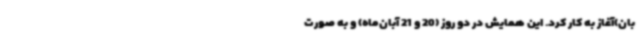
بان)آغاز به کار کرد. این همایش در دو روز (20 و 21 آبان‌ماه) و به صورت